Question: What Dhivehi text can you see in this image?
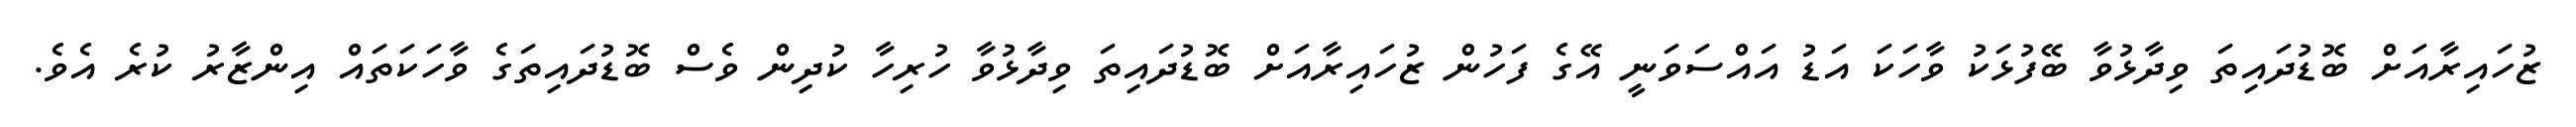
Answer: ޒުހައިރާއަށް ބޮޑުދައިތަ ވިދާޅުވާ ބޭފުޅަކު ވާހަކަ އަޑު އައްސަވަނީ އޭގެ ފަހުން ޒުހައިރާއަށް ބޮޑުދައިތަ ވިދާޅުވާ ހުރިހާ ކުދިން ވެސް ބޮޑުދައިތަގެ ވާހަކަތައް އިންޒާރު ކުރެ އެވެ.